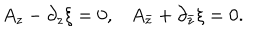
LaTeX: \begin{matrix} { { A _ { z } - \partial _ { z } \xi = 0 , } } & { { A _ { \bar { z } } + \partial _ { \bar { z } } \xi = 0 . } } \\ \end{matrix}